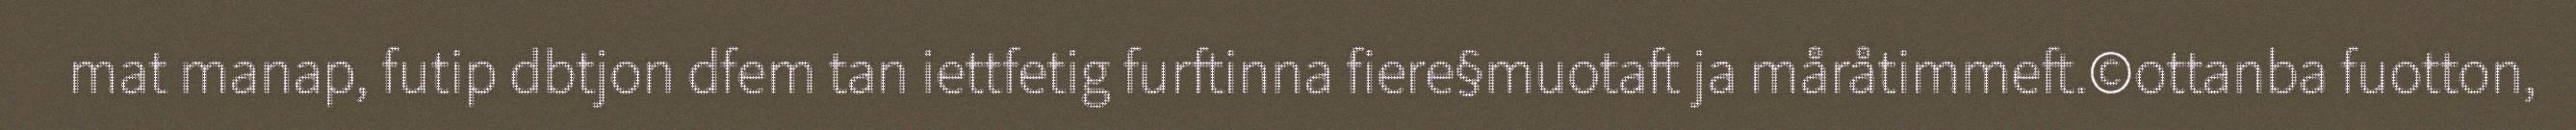
mat manap, futip dbtjon dfem tan iettfetig furftinna fiere§muotaft ja måråtimmeft.©ottanba fuotton,